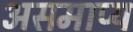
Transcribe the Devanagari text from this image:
असमाप्य